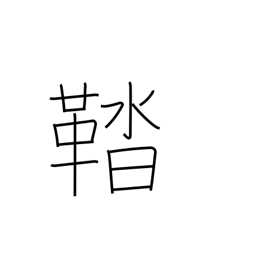
Meaning: shoes